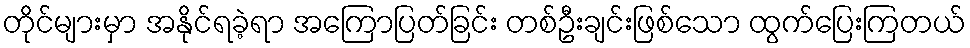
တိုင်များမှာ အနိုင်ရခဲ့ရာ အကြောပြတ်ခြင်း တစ်ဦးချင်းဖြစ်သော ထွက်ပြေးကြတယ်